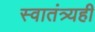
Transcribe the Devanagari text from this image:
स्वातंत्र्यही